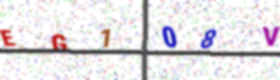
Text: EG108V